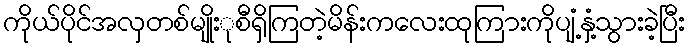
ကိုယ်ပိုင်အလှတစ်မျိုးုစီရှိကြတဲ့မိန်းကလေးထုကြားကိုပျံ့နှံ့သွားခဲ့ပြီး